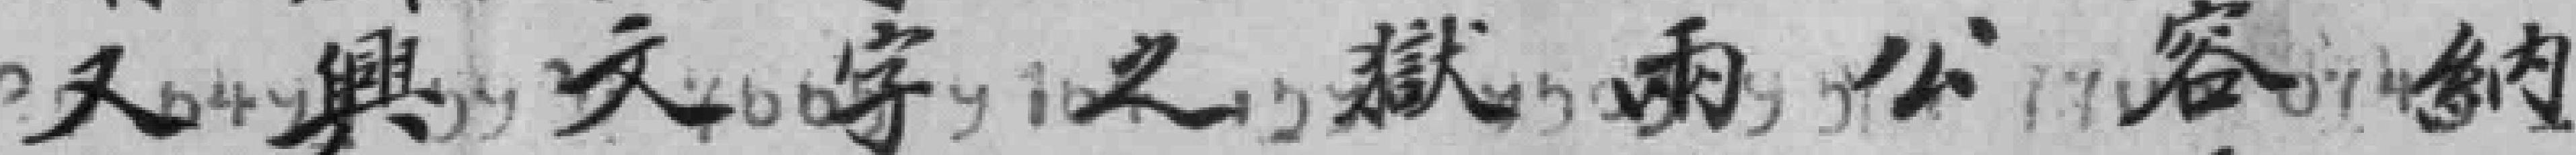
又興文學之獄兩公容纳